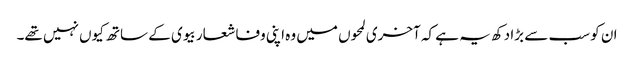
ان کو سب سے بڑا دکھ یہ ہے کہ آخری لمحوں میں وہ اپنی وفا شعار بیوی کے ساتھ کیوں نہیں تھے۔